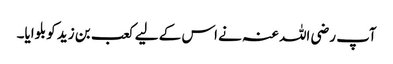
آپ رضی اللہ عنہ نے اس کے لیے کعب بن زید کو بلوایا۔